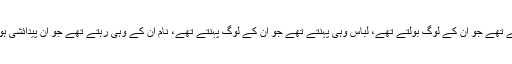
وہ مندر کی بجائے مسجد جانے لگتے تھے مگر بولی وہی بولتے تھے جو ان کے لوگ بولتے تھے، لباس وہی پہنتے تھے جو ان کے لوگ پہنتے تھے، نام ان کے وہی رہتے تھے جو ان پیدائشی ہوتے، جن کے ساتھ ان کی ثقافتی اور نفسیاتی وابستگی ہوتی تھی۔